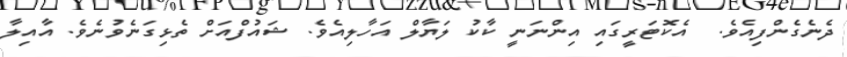
ދެނެގެންފިއެވެ.  އެކޮޓަރީގައި އިންނަނީ ކާކު ލަޔާލް އަހާލިއެވެ. ޝައުފްއަށް ތެޅިގަނެވުނެވެ. އާއިލާ